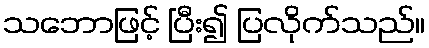
သဘောဖြင့် ပြီး၍ ပြလိုက်သည်။